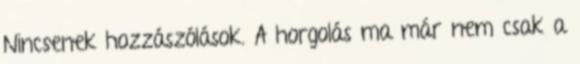
Nincsenek hozzászólások. A horgolás ma már nem csak a